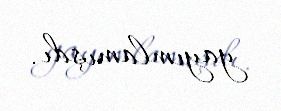
yayımlamışdı.